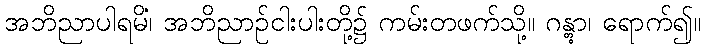
အဘိညာပါရမိံ၊ အဘိညာဉ်ငါးပါးတို့၌ ကမ်းတဖက်သို့။ ဂန္တွာ၊ ရောက်၍။